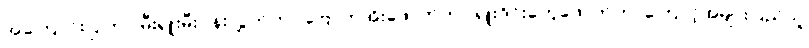
အကြောင်းပြုကာ မီးရှူးမီးပန်းလွှတ်တာ၊ဗြောက်အိုးဖောက်တာ၊ရှူးဒိုင်းတွေဖောက်တာကြောင့်အများပြည်သူ